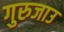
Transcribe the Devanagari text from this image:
गुरुजाउ